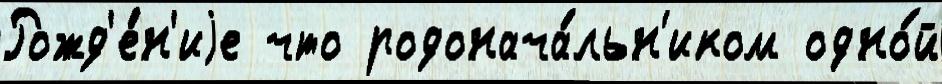
Рожд'е́н'иjе что родонача́льн'иком одно́й